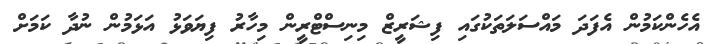
އެހެންކަމުން އެފަދަ މައްސަލަތަކުގައި ފިޝަރީޒް މިނިސްޓްރީން މިހާރު ފިޔަވަޅު އަޅަމުން ނުދާ ކަމަށް